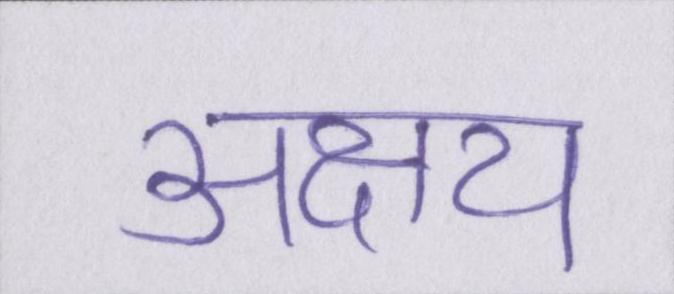
अक्षय